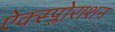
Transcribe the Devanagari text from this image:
ऐक्स्प्लोराशन